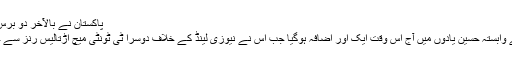
پاکستان نے بالآخر دو برس بعد نیوزی لینڈ کو ہرا دیا 25.01.2018
پاکستان کرکٹ ٹیم کی ایڈن پارک آکلینڈ سے وابستہ حسین یادوں میں آج اس وقت ایک اور اضافہ ہوگیا جب اُس نے نیوزی لینڈ کے خلاف دوسرا ٹی ٹونٹی میچ اڑتالیس رنز سے جیت کر سیریز ایک ایک سے برابر کردی۔